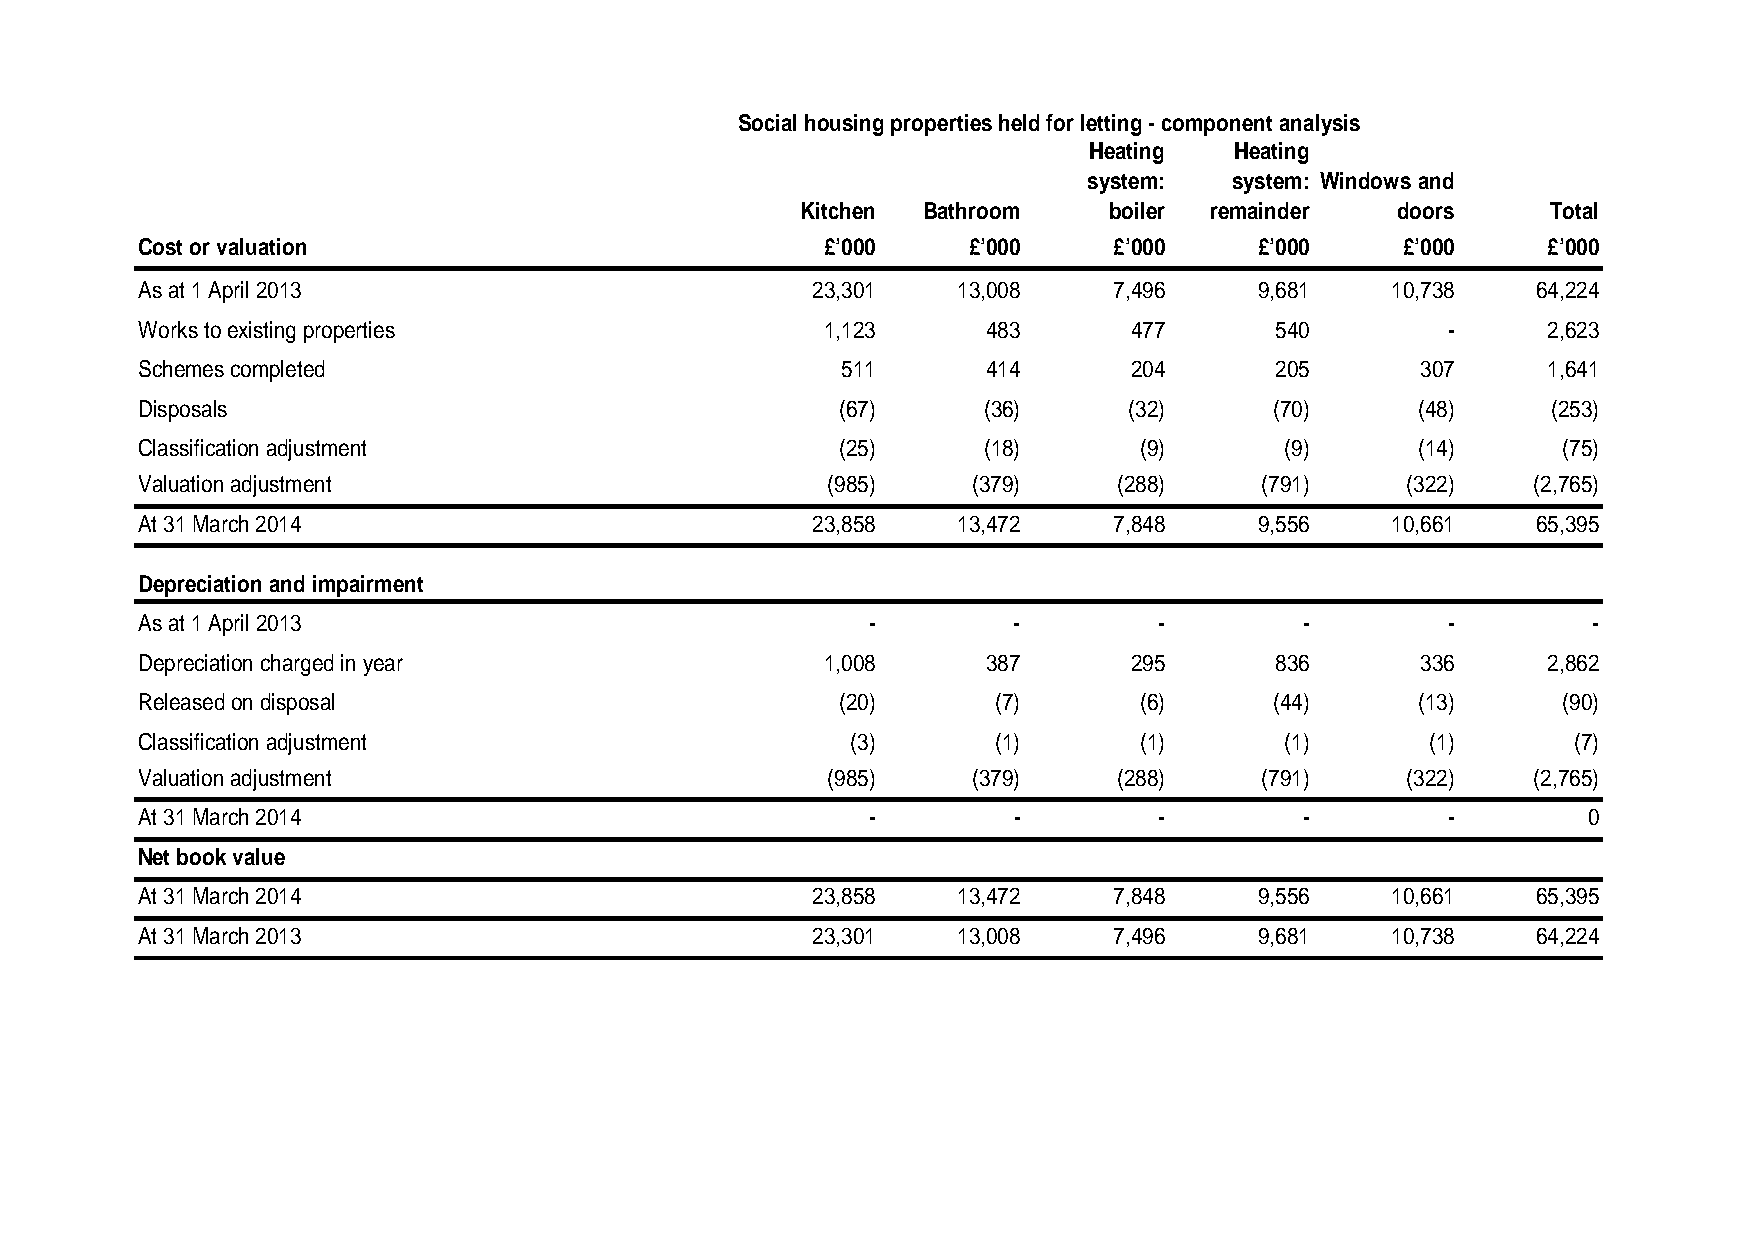
Social housing properties held for letting - component analysis
 Heating   Heating
 system:   system: Windows and
 Kitchen Bathroom    boiler remainder   doors      Total
 Cost or valuation                             £’000    £’000     £’000    £’000     £’000    £’000
 As at 1 April 2013                           23,301   13,008     7,496    9,681    10,738    64,224
 Works to existing properties                  1,123     483       477      540         -     2,623
 Schemes completed                              511      414       204      205       307     1,641
 Disposals                                      (67)     (36)      (32)     (70)      (48)     (253)
 Classification adjustment                      (25)     (18)      (9)       (9)      (14)     (75)
 Valuation adjustment                          (985)    (379)     (288)    (791)     (322)   (2,765)
 At 31 March 2014                             23,858   13,472     7,848    9,556    10,661    65,395
 Depreciation and impairment
 As at 1 April 2013                              -         -         -        -         -        -
 Depreciation charged in year                  1,008     387       295      836       336     2,862
 Released on disposal                           (20)      (7)      (6)      (44)      (13)     (90)
 Classification adjustment                      (3)       (1)      (1)       (1)       (1)      (7)
 Valuation adjustment                          (985)    (379)     (288)    (791)     (322)   (2,765)
 At 31 March 2014                                 -        -         -        -         -        0
 Net book value
 At 31 March 2014                             23,858   13,472     7,848    9,556    10,661    65,395
 At 31 March 2013                             23,301   13,008     7,496    9,681    10,738    64,224